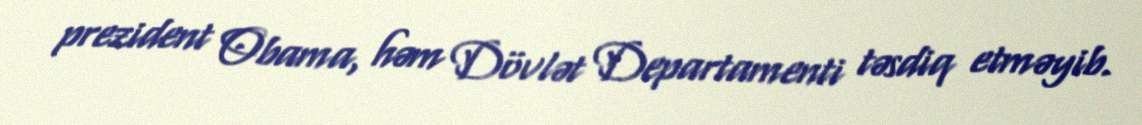
prezident Obama, həm Dövlət Departamenti təsdiq etməyib.